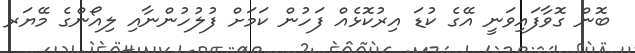
ބޮން ގޮވާފައިވަނީ އޭގެ ކުޑަ އިރުކޮޅެއް ފަހުން ކަމަށް ފުލުހުންނާއި ލިއޯންގެ މޭޔަރ